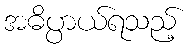
အဓိပ္ပာယ်ရသည့်